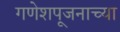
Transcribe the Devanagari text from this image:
गणेशपूजनाच्या